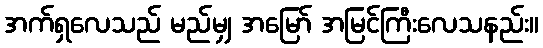
အက်ရှလေသည် မည်မျှ အမြော် အမြင်ကြီးလေသနည်း။